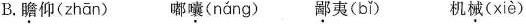
B.瞻仰( zhān) 嘟囔(náng) 鄙夷(bǐ) 机械(xiè)